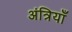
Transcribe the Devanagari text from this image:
अंत्रियाँ